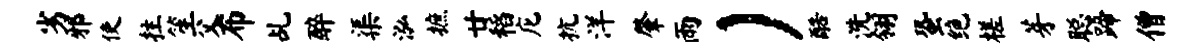
劣邪使拄笙父布乩醉渠泓摭廿稻庀抗洋肇雨）酷洗翎蛩绝槎芽聪蹄僧